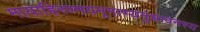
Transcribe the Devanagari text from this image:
मायाहिरण्मयमृगाभ्यनुधावनस्य